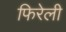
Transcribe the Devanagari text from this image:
फिरेली